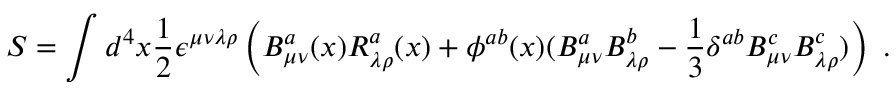
S = \int d ^ { 4 } x \frac { 1 } { 2 } \epsilon ^ { \mu \nu \lambda \rho } \left( B _ { \mu \nu } ^ { a } ( x ) R _ { \lambda \rho } ^ { a } ( x ) + \phi ^ { a b } ( x ) ( B _ { \mu \nu } ^ { a } B _ { \lambda \rho } ^ { b } - \frac { 1 } { 3 } \delta ^ { a b } B _ { \mu \nu } ^ { c } B _ { \lambda \rho } ^ { c } ) \right) \ .